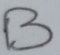
Text: B